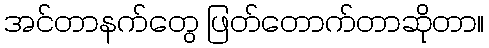
အင်တာနက်တွေ ဖြတ်တောက်တာဆိုတာ။